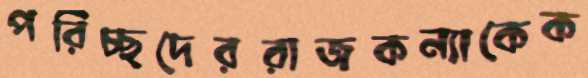
পরিচ্ছদেররাজকন্যাকেক